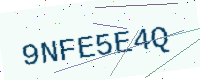
Text: 9NFE5E4Q